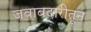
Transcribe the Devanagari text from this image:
जवाबदारीतून